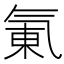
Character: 氭